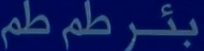
بئرٌطمْط